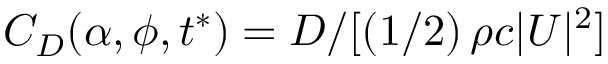
C _ { D } ( \alpha , \phi , t ^ { * } ) = D / [ \left( 1 / 2 \right) \rho c | \boldsymbol { U } | ^ { 2 } ]